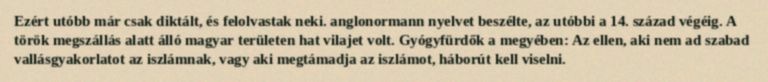
Ezért utóbb már csak diktált, és felolvastak neki. anglonormann nyelvet beszélte, az utóbbi a 14. század végéig. A török megszállás alatt álló magyar területen hat vilajet volt. Gyógyfürdők a megyében: Az ellen, aki nem ad szabad vallásgyakorlatot az iszlámnak, vagy aki megtámadja az iszlámot, háborút kell viselni.